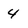
Character: 4